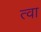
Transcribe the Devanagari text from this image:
त्‍वा